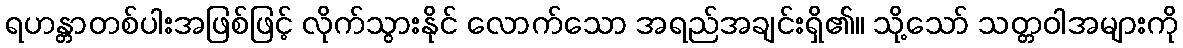
ရဟန္တာတစ်ပါးအဖြစ်ဖြင့် လိုက်သွားနိုင် လောက်သော အရည်အချင်းရှိ၏။ သို့သော် သတ္တဝါအများကို